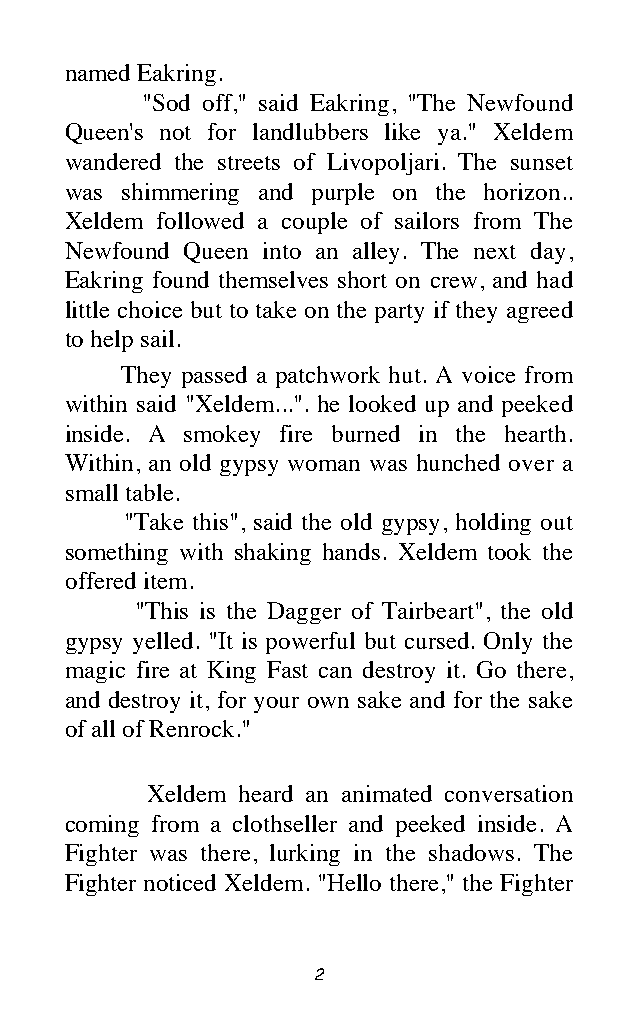
named Eakring.
 "Sod off," said Eakring, "The Newfound
 Queen's not for landlubbers like ya." Xeldem
 wandered the streets of Livopoljari. The sunset
 was shimmering and purple on the horizon..
 Xeldem followed a couple of sailors from The
 Newfound Queen into an alley. The next day,
 Eakring found themselves short on crew, and had
 little choice but to take on the party if they agreed
 to help sail.
 They passed a patchwork hut. A voice from
 within said "Xeldem...". he looked up and peeked
 inside. A smokey fire burned in the hearth.
 Within, an old gypsy woman was hunched over a
 small table.
 "Take this", said the old gypsy, holding out
 something with shaking hands. Xeldem took the
 offered item.
 "This is the Dagger of Tairbeart", the old
 gypsy yelled. "It is powerful but cursed. Only the
 magic fire at King Fast can destroy it. Go there,
 and destroy it, for your own sake and for the sake
 of all of Renrock."
 Xeldem heard an animated conversation
 coming from a clothseller and peeked inside. A
 Fighter was there, lurking in the shadows. The
 Fighter noticed Xeldem. "Hello there," the Fighter
 2